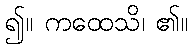
၍။ ကထေသိ၊ ၏။